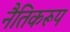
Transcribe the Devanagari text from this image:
नैतिकरूप